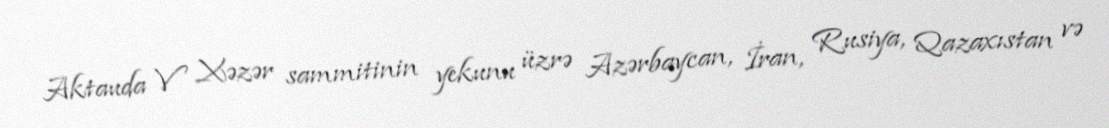
Aktauda V Xəzər sammitinin yekunu üzrə Azərbaycan, İran, Rusiya, Qazaxıstan və